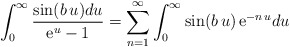
\begin{align*}\int_0^\infty {\sin(b\, u) du\over {\rm e}^u - 1} =\sum_{n=1}^\infty\int_0^\infty \sin(b\, u)\, {\rm e}^{-n\, u} du\end{align*}